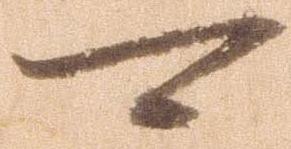
可